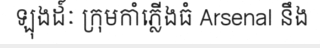
ឡុងដ៍ៈ ក្រុមកាំភ្លើងធំ Arsenal នឹង